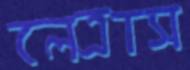
লেত্রাস